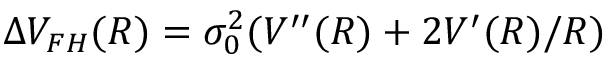
\Delta V _ { F H } ( R ) = \sigma _ { 0 } ^ { 2 } ( V ^ { \prime \prime } ( R ) + 2 V ^ { \prime } ( R ) / R )